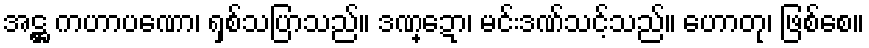
အဋ္ဌ ကဟာပဏော၊ ရှစ်သပြာသည်။ ဒဏ္ဍော၊ မင်းဒဏ်သင့်သည်။ ဟောတု၊ ဖြစ်စေ။